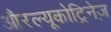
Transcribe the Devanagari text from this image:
औरल्यूकोट्रिनेज़